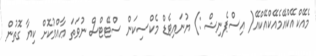
މެއޭކްއޭކްއޭމެއޭކްއޭކްއޭ( އިސްޕެނިޝް :) ޔުނައިޓެޑް މެކްސިކަން ސްޓޭޓްސް ނުވަތަ ޢާއްމުކޮށް ކިޔާ ގޮތުން